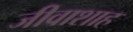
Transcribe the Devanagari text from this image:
जीवाशाह